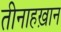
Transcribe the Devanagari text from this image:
तीनाहख़ान